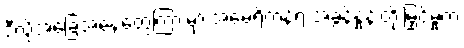
ဒီလိုအခြေအနေတွေကြားမှာ အမေရိကန်ရဲ့ အခွန်နှုန်းတိုးမြှင့်မှုက